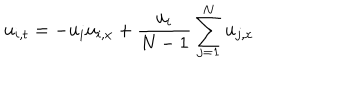
LaTeX: u _ { i , t } = - u _ { i } u _ { i , x } + { \frac { u _ { i } } { N - 1 } } \sum _ { j = 1 } ^ { N } u _ { j , x }